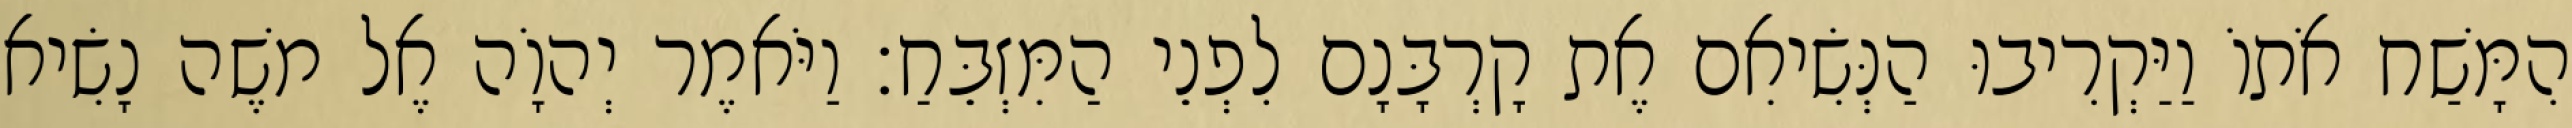
הִמָּשַׁח אֹתוֹ וַיַּקְרִיבוּ הַנְּשִׂיאִם אֶת קָרְבָּנָם לִפְנֵי הַמִּזְבֵּחַ׃ וַיֹּאמֶר יְהוָֹה אֶל משֶׁה נָשִׂיא